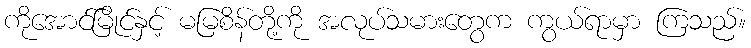
ကိုအောင်မြိုင်နှင့် မမြစိန်တို့ကို အလုပ်သမားတွေက ကွယ်ရာမှာ ကြသည်။